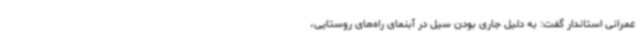
عمرانی استاندار گفت: به دلیل جاری بودن سیل در آبنمای راه‌های روستایی،